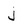
Character: j